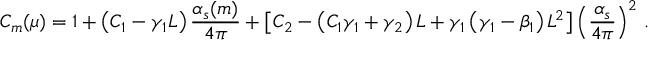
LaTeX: C _ { m } ( \mu ) = 1 + \left( C _ { 1 } - \gamma _ { 1 } L \right) \frac { \alpha _ { s } ( m ) } { 4 \pi } + \left[ C _ { 2 } - \left( C _ { 1 } \gamma _ { 1 } + \gamma _ { 2 } \right) L + \gamma _ { 1 } \left( \gamma _ { 1 } - \beta _ { 1 } \right) L ^ { 2 } \right] \left( \frac { \alpha _ { s } } { 4 \pi } \right) ^ { 2 } \, .